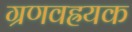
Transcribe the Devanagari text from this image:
ग्रणवह्रयक